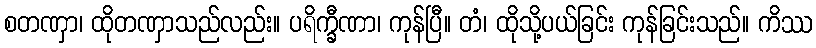
စတဏှာ၊ ထိုတဏှာသည်လည်း။ ပရိက္ခီဏာ၊ ကုန်ပြီ။ တံ၊ ထိုသို့ပယ်ခြင်း ကုန်ခြင်းသည်။ ကိဿ